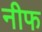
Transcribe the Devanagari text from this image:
नीफ